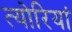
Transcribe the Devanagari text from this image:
त्योरियां